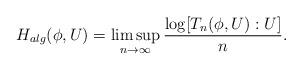
LaTeX: \begin{align*}H_{alg} (\phi, U) = \limsup_{n \to \infty} \frac{\log [T_n(\phi,U) :U] }{n}.\end{align*}